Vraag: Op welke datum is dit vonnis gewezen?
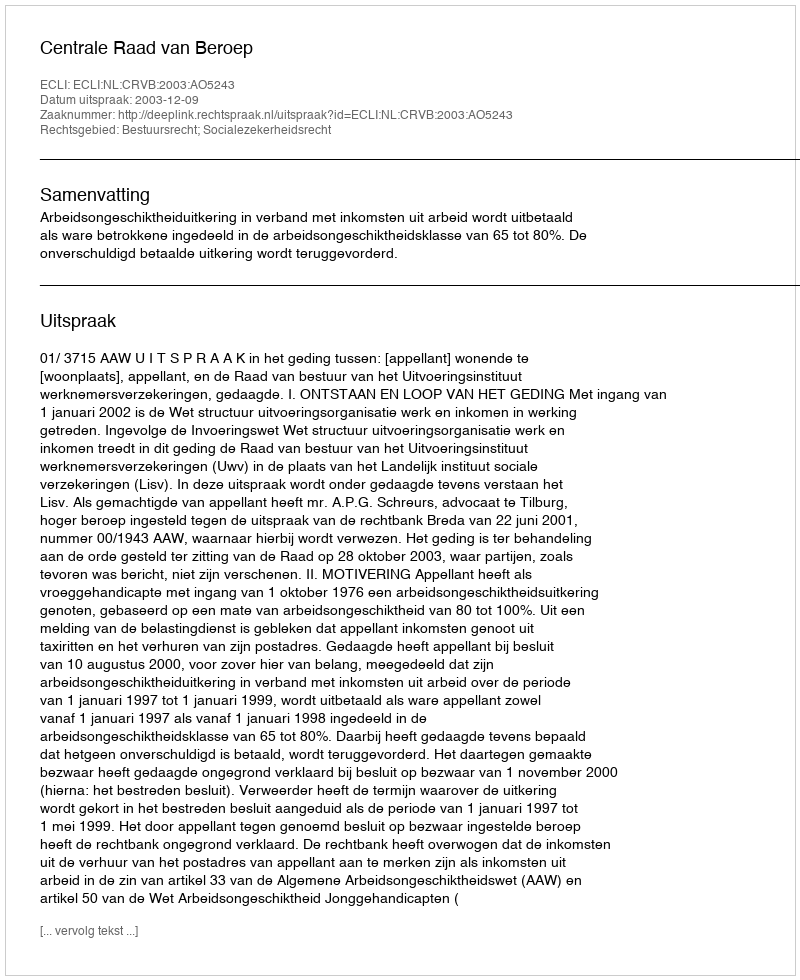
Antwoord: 2003-12-09